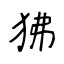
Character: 狒